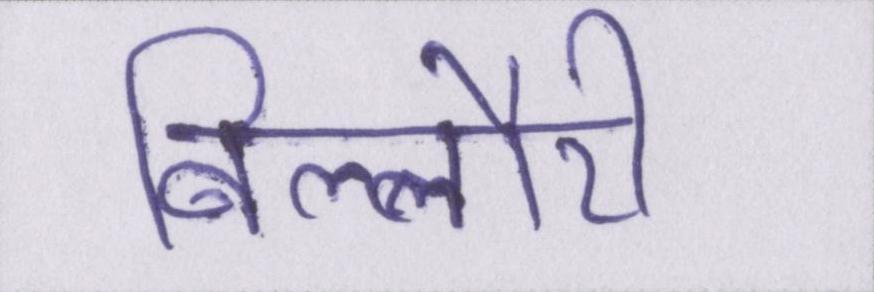
बिल्लौरी